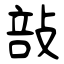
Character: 㪗